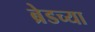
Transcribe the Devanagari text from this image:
ब्रेडच्या